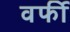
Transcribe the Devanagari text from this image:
वर्फी